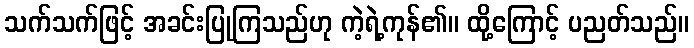
သက်သက်ဖြင့် အခင်းပြုကြသည်ဟု ကဲ့ရဲ့ကုန်၏။ ထို့ကြောင့် ပညတ်သည်။